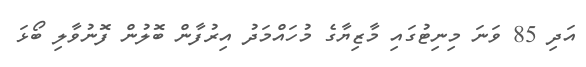
އަދި 85 ވަނަ މިނިޓުގައި މާޒިޔާގެ މުހައްމަދު އިރުފާން ބޮލުން ފޮނުވާލި ބޯޅަ